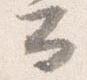
公